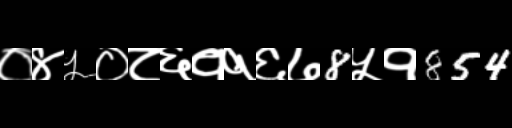
Text: ०४५०८६११६७8५१854